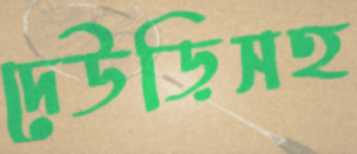
দেউড়িসহ